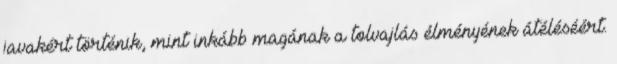
javakért történik, mint inkább magának a tolvajlás élményének átéléséért.